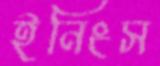
ইনিংস